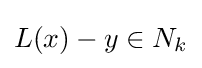
L(x)-y\in N_{k}